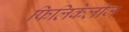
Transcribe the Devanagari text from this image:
फिलिकेलीज